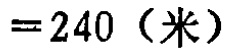
$=240\ (\text{米})$